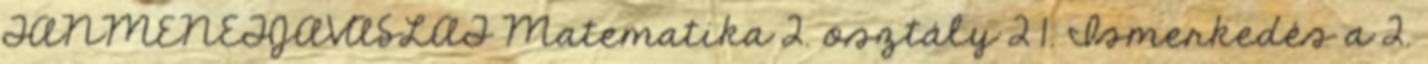
TANMENETJAVASLAT Matematika 2. osztály 2 1. Ismerkedés a 2.